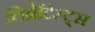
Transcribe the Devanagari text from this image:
लिब्रेटिस्ट्स